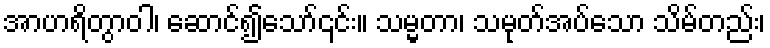
အာဟရိတွာဝါ၊ ဆောင်၍သော်၎င်း။ သမ္မတာ၊ သမုတ်အပ်သော သိမ်တည်း၊